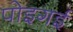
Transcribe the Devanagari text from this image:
पोइगई